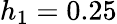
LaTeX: h_{1}=0.25